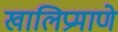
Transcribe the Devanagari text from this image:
खालिप्रमाणे